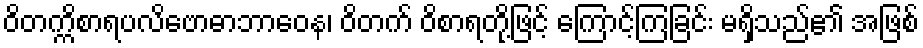
ဝိတက္ကိစာရပလိဗောဓာဘာဝေန၊ ဝိတက် ဝိစာရတို့ဖြင့် ကြောင့်ကြခြင်း မရှိသည်၏ အဖြစ်